Indian journal of veterinary science and animal husbandry - Volumes 24-25, 1954-1955
Year: 1954
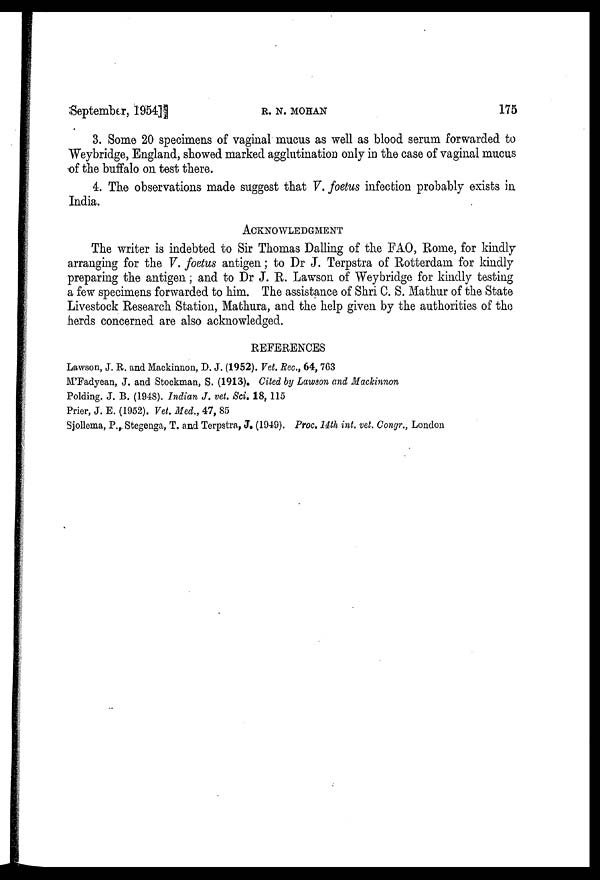
September, 1954]
R.
N.
MOHAN
175
3. Some 20 specimens of vaginal mucus as well as blood serum forwarded to
Weybridge, England, showed marked agglutination only in the case of vaginal mucus
of the buffalo on test there.
4. The observations made suggest that V. foetus infection probably exists in
India.
ACKNOWLEDGMENT
The writer is indebted to Sir Thomas Dalling of the FAO, Rome, for kindly
arranging for the V. foetus antigen; to Dr J. Terpstra of Rotterdam for kindly
preparing the antigen; and to Dr J. R. Lawson of "Weybridge for kindly testing
a few specimens forwarded to him. The assistance of Shri C. S. Mathur of the State
Livestock Research Station, Mathura, and the help given by the authorities of the
herds concerned are also acknowledged.
REFERENCES
Lawson, J. R. and Mackinnon, D. J. (1952). Vet. Rec., 64, 763
M'Fadyean, J. and Stockman, S. (1913). Cited by Lawson and Mackinnon
Polding. J. B. (1948). Indian J. vet. Sci. 18, 115
Prier, J. E. (1952). Vet. Med., 47, 85
Sjollema, P. Stegenga, T. and Terpstra, J. (1949). Proc. 14th int. vet. Congr., London